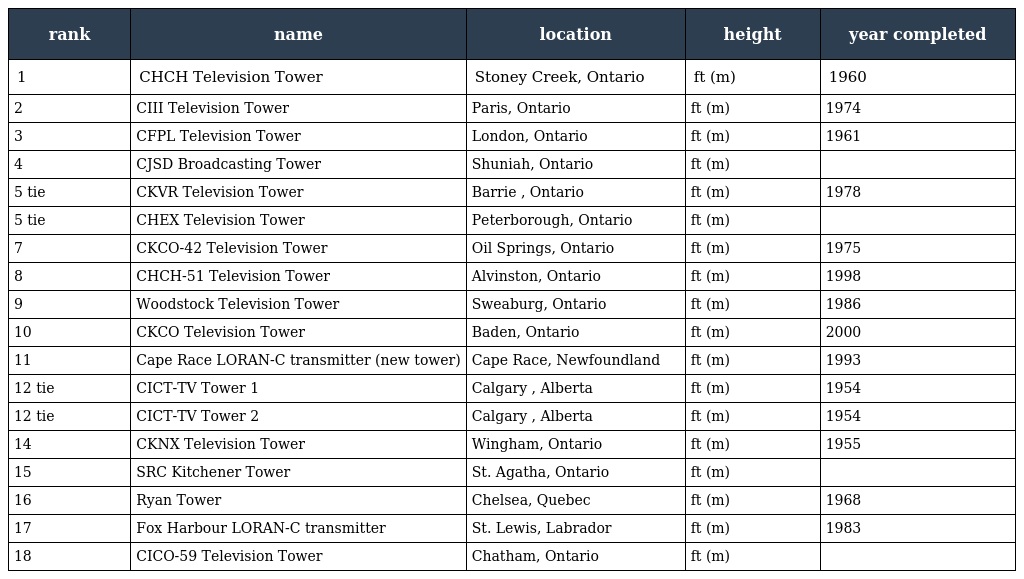
| rank | name | location | height | year completed |
 | --- | --- | --- | --- | --- |
 | 1 | CHCH Television Tower | Stoney Creek, Ontario | ft (m) | 1960 |
 | 2 | CIII Television Tower | Paris, Ontario | ft (m) | 1974 |
 | 3 | CFPL Television Tower | London, Ontario | ft (m) | 1961 |
 | 4 | CJSD Broadcasting Tower | Shuniah, Ontario | ft (m) |  |
 | 5 tie | CKVR Television Tower | Barrie , Ontario | ft (m) | 1978 |
 | 5 tie | CHEX Television Tower | Peterborough, Ontario | ft (m) |  |
 | 7 | CKCO-42 Television Tower | Oil Springs, Ontario | ft (m) | 1975 |
 | 8 | CHCH-51 Television Tower | Alvinston, Ontario | ft (m) | 1998 |
 | 9 | Woodstock Television Tower | Sweaburg, Ontario | ft (m) | 1986 |
 | 10 | CKCO Television Tower | Baden, Ontario | ft (m) | 2000 |
 | 11 | Cape Race LORAN-C transmitter (new tower) | Cape Race, Newfoundland | ft (m) | 1993 |
 | 12 tie | CICT-TV Tower 1 | Calgary , Alberta | ft (m) | 1954 |
 | 12 tie | CICT-TV Tower 2 | Calgary , Alberta | ft (m) | 1954 |
 | 14 | CKNX Television Tower | Wingham, Ontario | ft (m) | 1955 |
 | 15 | SRC Kitchener Tower | St. Agatha, Ontario | ft (m) |  |
 | 16 | Ryan Tower | Chelsea, Quebec | ft (m) | 1968 |
 | 17 | Fox Harbour LORAN-C transmitter | St. Lewis, Labrador | ft (m) | 1983 |
 | 18 | CICO-59 Television Tower | Chatham, Ontario | ft (m) |  |